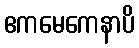
ဧကမေကေနာပိ